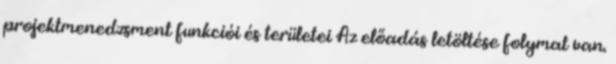
projektmenedzsment funkciói és területei Az előadás letöltése folymat van.